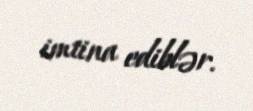
imtina ediblər.